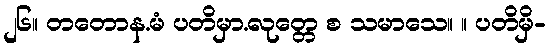
၂၆။ တတောန.မံ ပတိမှာ.လုတ္တေ စ သမာသေ။ ။ ပတိမှိ-